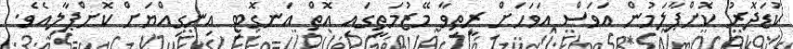
ކުޑަދޮރު ކޮށްޕާލަމުން އަވަސް އަވަހަށް ރީތިވާ މޭޒުމަތީގައި އޮތް އަނގޮޓި އިނގިއްޔަށް ކޮށްޕާލިއެވެ.